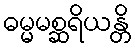
ဓမ္မမစ္ဆရိယန္တိ